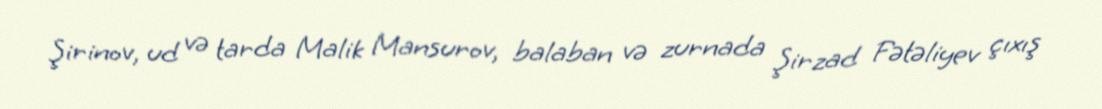
Şirinov, ud və tarda Malik Mansurov, balaban və zurnada Şirzad Fətəliyev çıxış